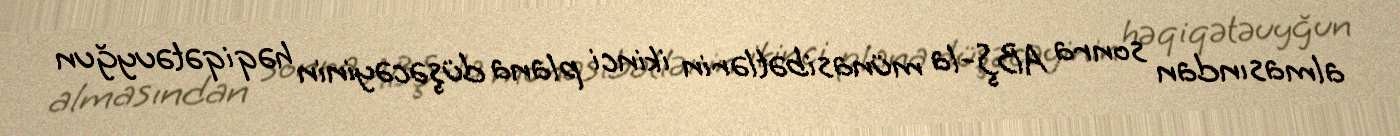
almasından sonra ABŞ-la münasibətlərin ikinci plana düşəcəyinin həqiqətəuyğun